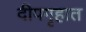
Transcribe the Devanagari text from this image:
दीपगृहात